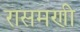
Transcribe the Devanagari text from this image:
रासमणी